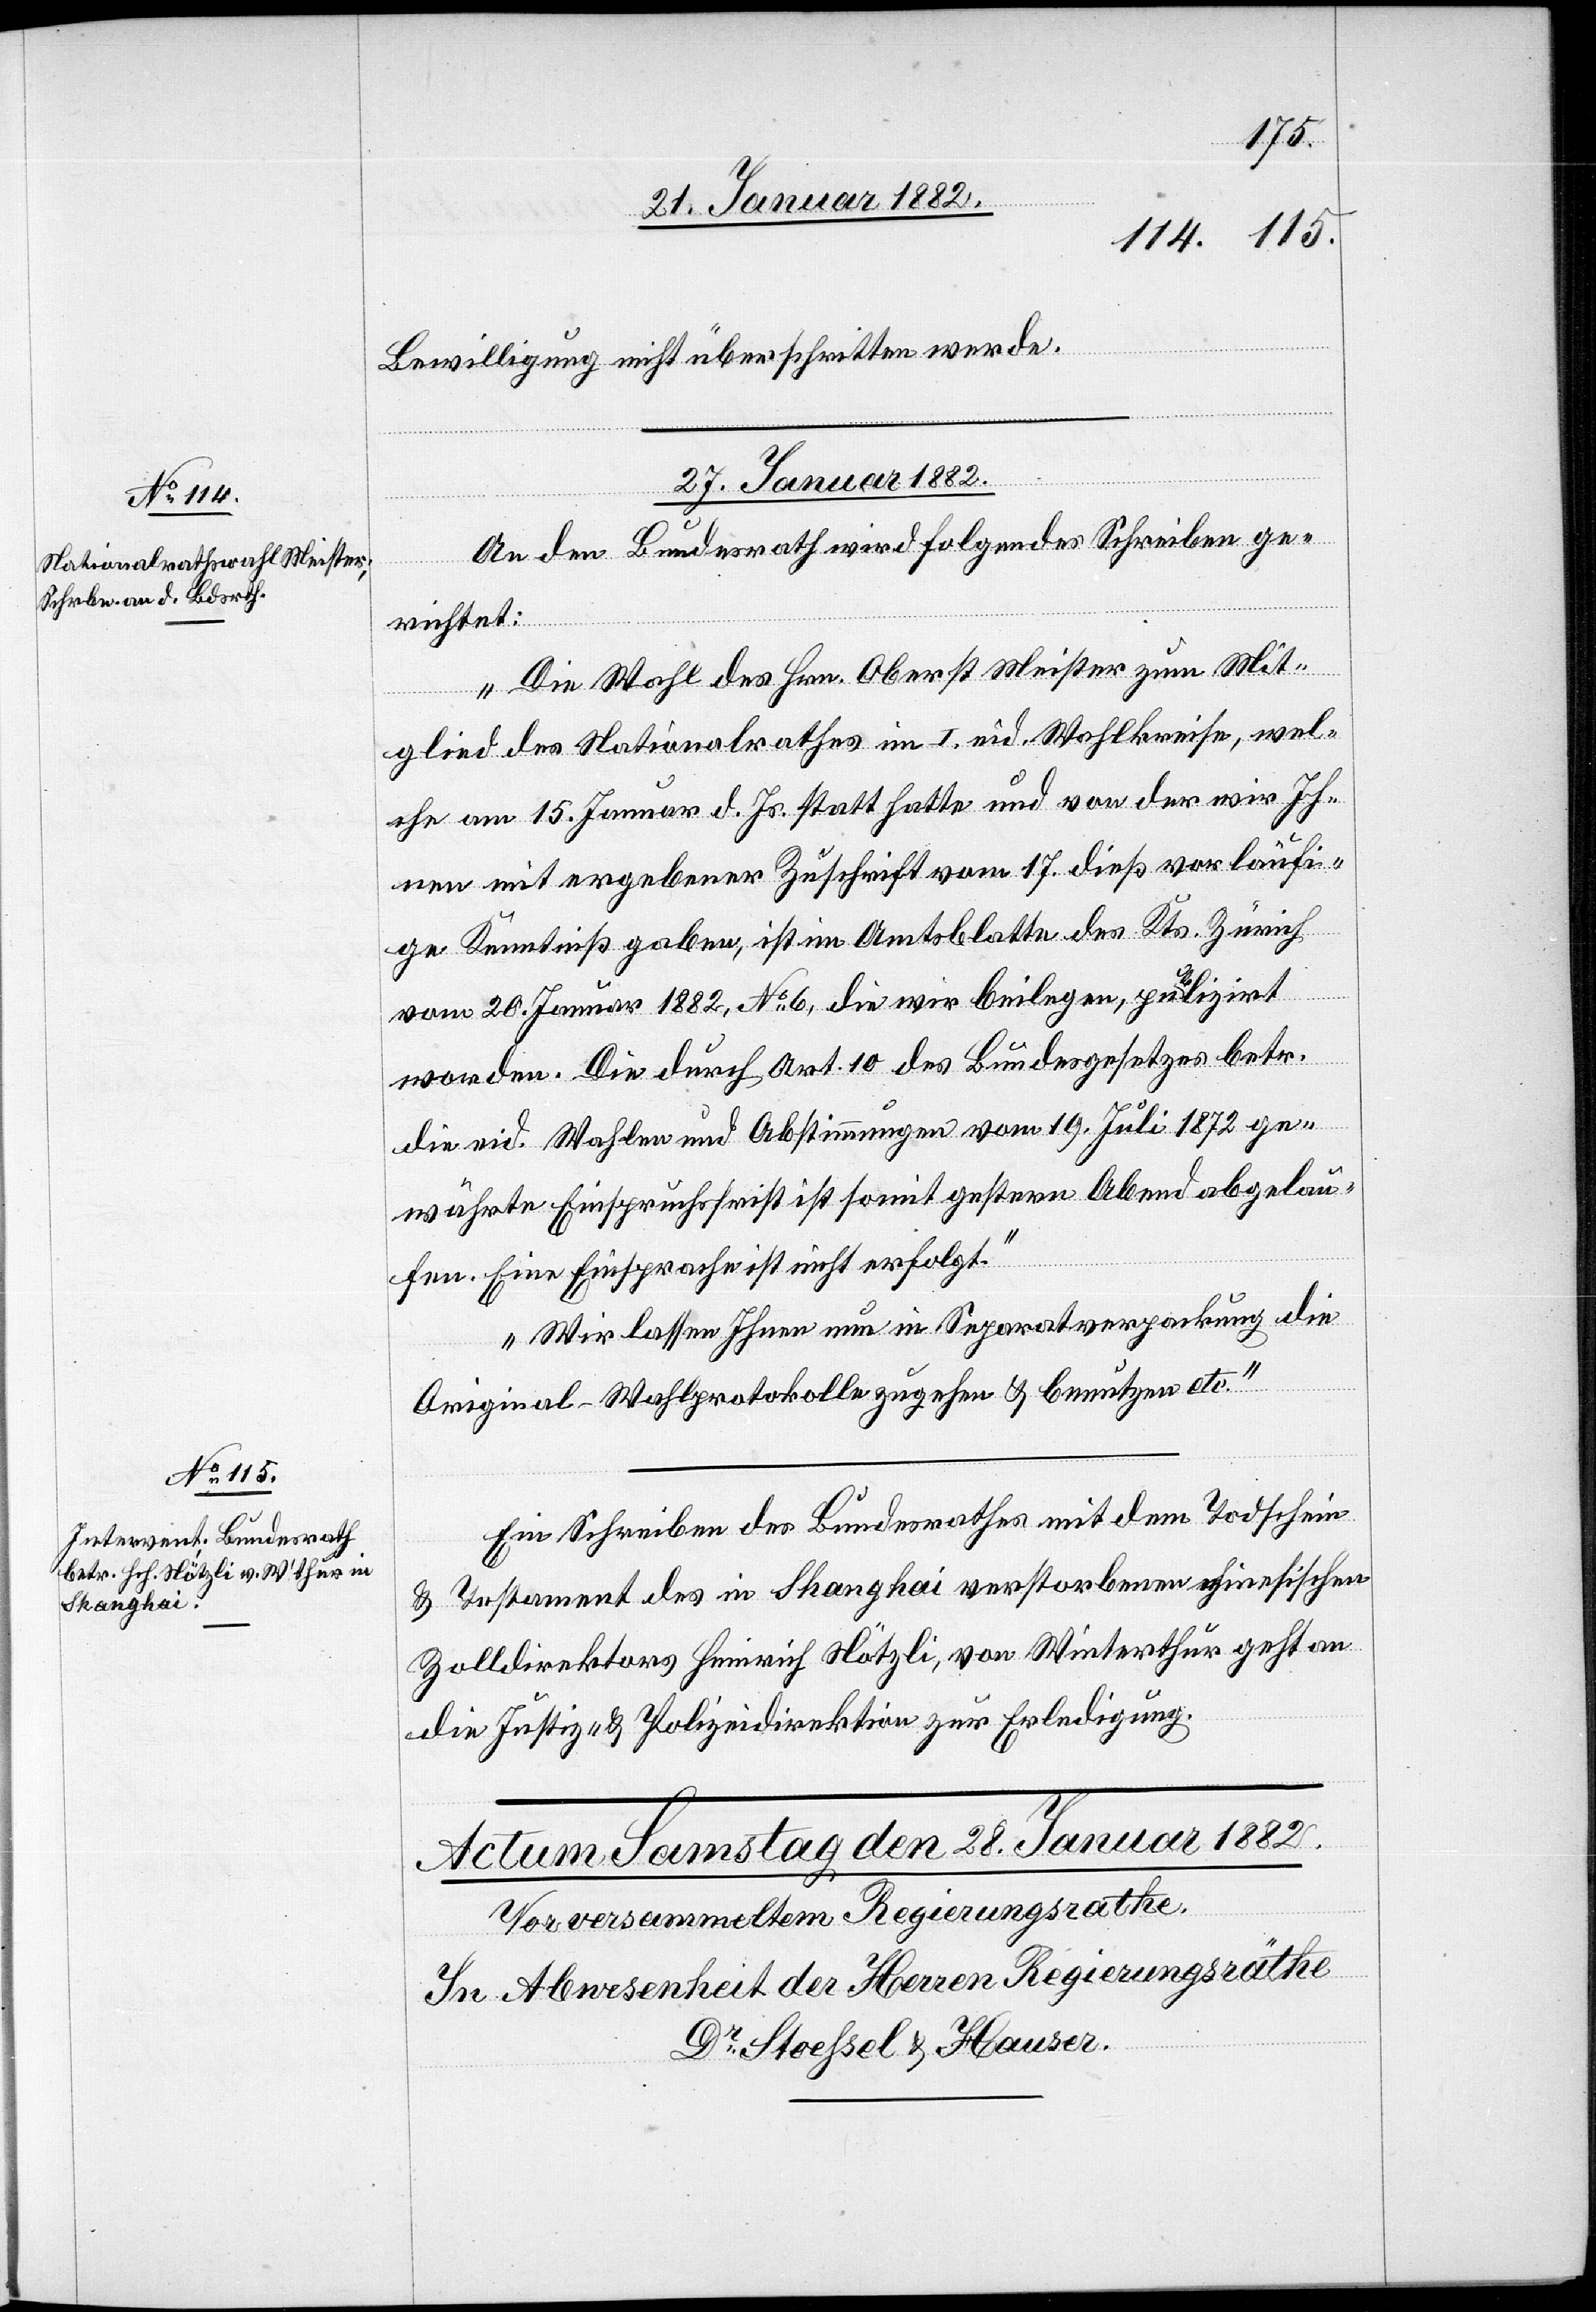
Bewilligung nicht überschritten werde.
27. Januar 1882.]
An den Bundesrath wird folgendes Schreiben ge¬
richtet:
„Die Wahl des Hrn. Oberst Meister zum Mit¬
glied des Nationalrathes im I. eid. Wahlkreise, wel¬
che am 16. Januar d. Js. statt hatte und von der wir Ih¬
nen mit ergebener Zuschrift vom 17. dieß vorläufi¬
ge Kenntniß gaben, ist im Amtsblatt des Kts. Zürich
vom 20. Januar 1882, No 6, die wir beilegen, publiziert
worden. Die durch Art. 10 des Bundesgesetzes betr.
die eid. Wahlen und Abstimmungen vom 19. Juli 1872 ge¬
währte Einsprachefrist ist somit gestern Abend abgelau¬
fen. Eine Einsprache ist nicht erfolgt.
Wir lassen Ihnen nun in Separatverpackung die
Original-Wahlprotokolle zugehen & benutzen etc.“
Ein Schreiben des Bundesrathes mit dem Todschein
& Testament des in Shanghai verstorbenen chinesischen
Zolldirektor Heinrich Nötzli, von Winterthur geht an
die Justiz- & Polizeidirektion zur Erledigung.